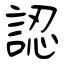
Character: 認